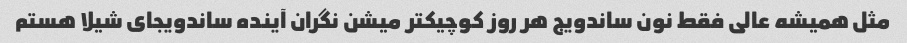
مثل همیشه عالی فقط نون ساندویج هر روز کوچیکتر میشن نگران آینده ساندویجای شیلا هستم